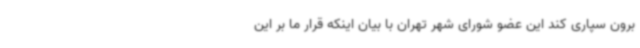
برون سپاری کند این عضو شورای شهر تهران با بیان اینکه قرار ما بر این